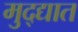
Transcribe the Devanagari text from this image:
मुद्द्यात